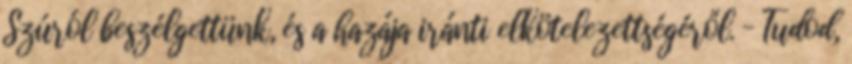
Szúról beszélgettünk, és a hazája iránti elkötelezettségéről. – Tudod,